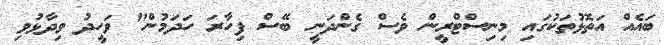
ބައެއް އަތޮޅުތަކުގައި މިނިސްޓްރީން ވެސް ގެންދަނީ ބޭސް ފިހާރަ ހަދަމުން" ވަހީދު ވިދާޅުވި